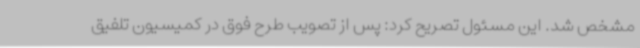
مشخص شد. این مسئول تصریح کرد: پس از تصویب طرح فوق در کمیسیون تلفیق